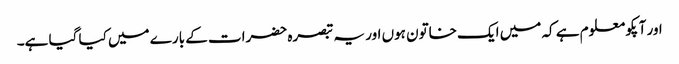
اور آپکو معلوم ہے کہ میں ایک خاتون ہوں اور یہ تبصرہ حضرات کے بارے میں کیا گیا ہے۔